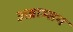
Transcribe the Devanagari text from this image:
अब्राम्सन